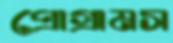
প্রোগ্রামস